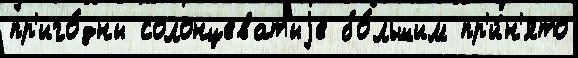
пр'иго́дны солонцеватыjе бо́льшим пр'и́н'ято